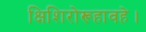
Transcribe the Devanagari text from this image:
क्षिशिरोरूहावहे।